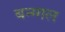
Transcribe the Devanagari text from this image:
बन्ग्गल